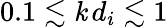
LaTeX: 0.1\lesssim\mathit{k}\, d_{i}\lesssim1